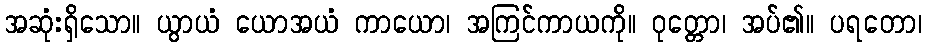
အဆုံးရှိသော။ ယွာယံ ယောအယံ ကာယော၊ အကြင်ကာယကို။ ဝုတ္တော၊ အပ်၏။ ပရတော၊